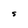
Character: S